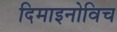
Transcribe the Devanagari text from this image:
दिमाइनोविच